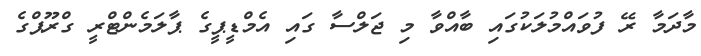
މާދަމާ ރޭ ފުވައްމުލަކުގައި ބާއްވާ މި ޖަލްސާ ގައި އެމްޑީޕީގެ ޕާލަމެންޓްރީ ގްރޫޕްގެ